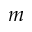
m